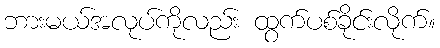
ဘားမယ်အလုပ်ကိုလည်း ထွက်ပစ်ခိုင်းလိုက်။